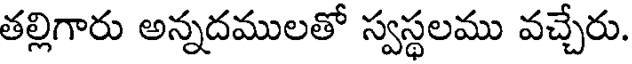
తల్లిగారు అన్నదములతో స్వస్థలము వచ్చేరు.